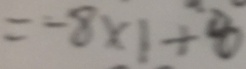
= - 8 \times 1 + 8